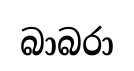
බාබරා